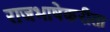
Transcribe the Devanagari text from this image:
राजभाषेकरीता